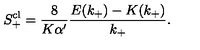
S _ { + } ^ { \mathrm { c l } } = \frac { 8 } { K \alpha ^ { \prime } } \frac { E ( k _ { + } ) - K ( k _ { + } ) } { k _ { + } } .